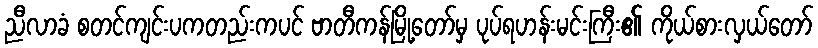
ညီလာခံ စတင်ကျင်းပကတည်းကပင် ဗာတီကန်မြို့တော်မှ ပုပ်ရဟန်းမင်းကြီး၏ ကိုယ်စားလှယ်တော်